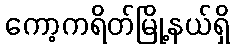
ကော့ကရိတ်မြို့နယ်ရှိ